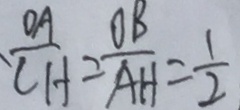
\frac { O A } { C H } = \frac { O B } { A H } = \frac { 1 } { 2 }